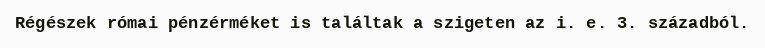
Régészek római pénzérméket is találtak a szigeten az i. e. 3. századból.